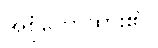
အစုံဟောထား၏။